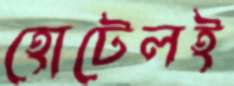
হোটেলই